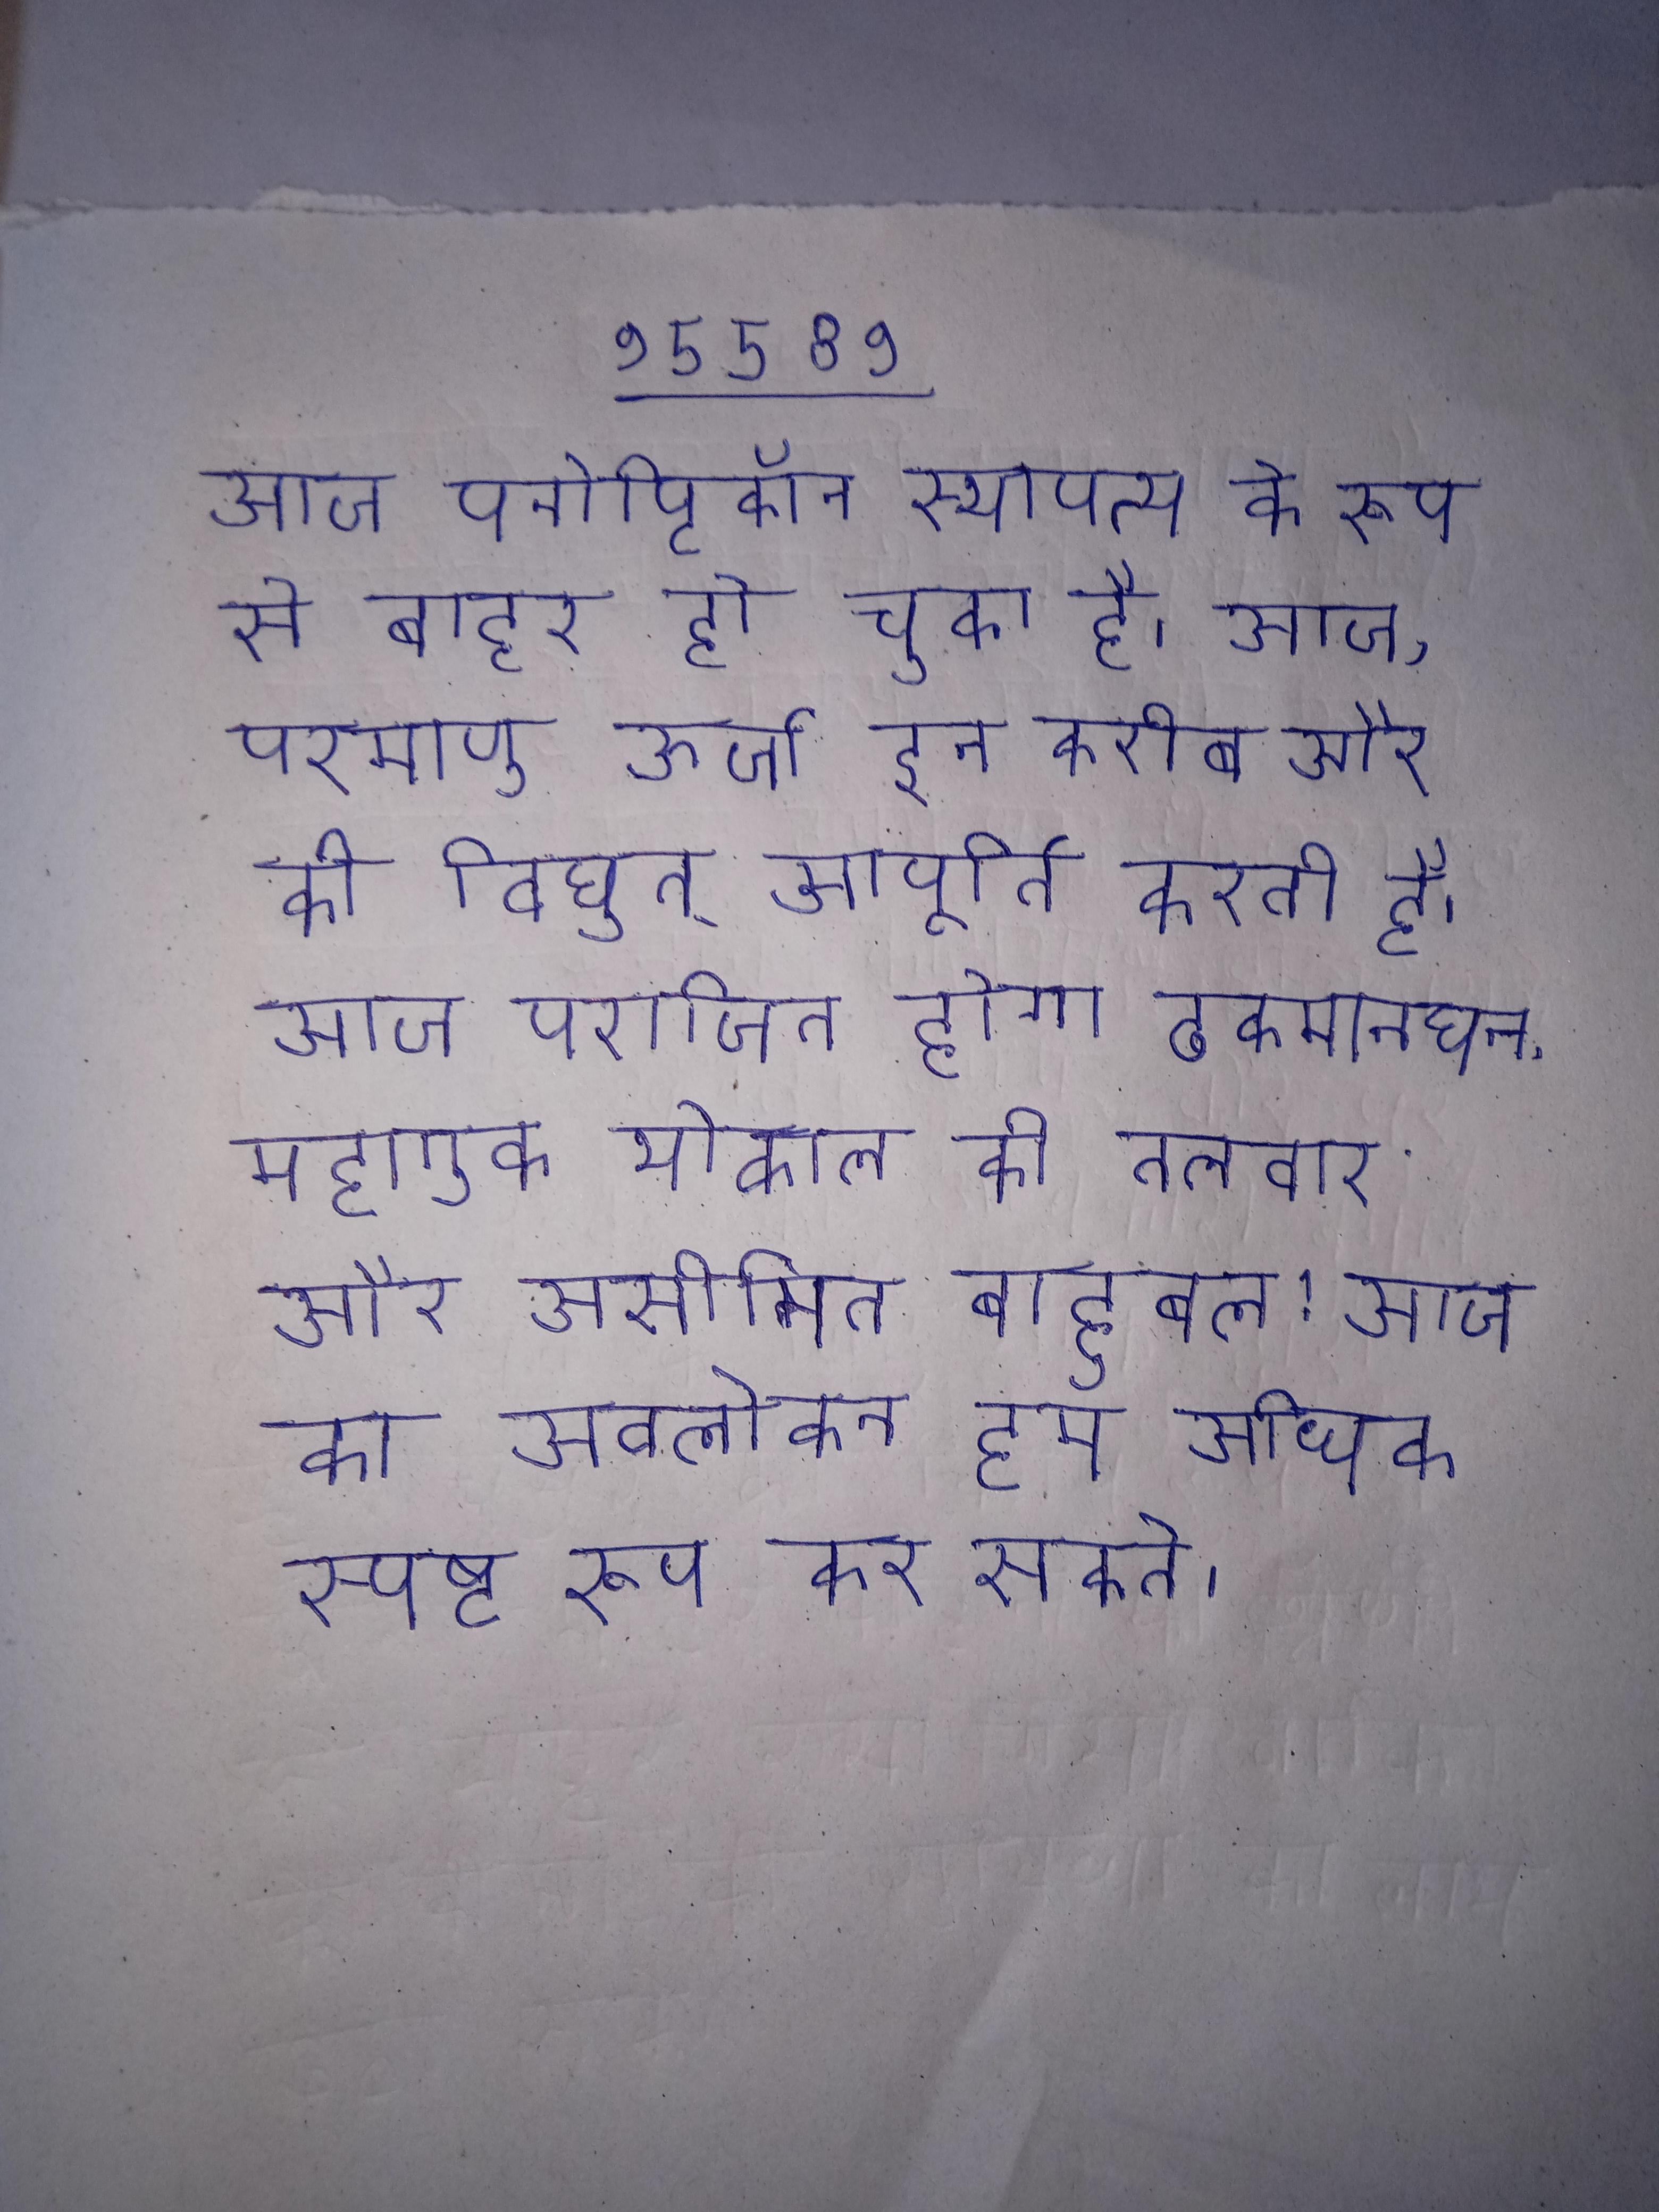
आज पनोप्टिकॉन स्थापत्य के रूप से बाहर हो चुका है । आज, परमाणु ऊर्जा इन करीब और की विद्युत् आपूर्ति करती है । आज पराजित होगा ढकमानघन, महागुरु भोकाल की तलवार और असीमित बाहुबल! आज का अवलोकन हम अधिक स्पष्ट रूप कर सकते ।